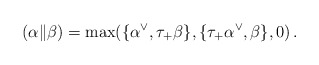
\begin{align*}(\alpha \| \beta) = \max(\{\alpha^\vee, \tau_+ \beta\},\{\tau_+ \alpha^\vee, \beta\}, 0)\,.\end{align*}